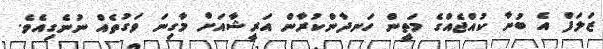
ޒަލަފް އެ ބުނާ ކުއްޖެއްގެ މަތީން ހަނދާންކުރާން އަރީޝާއަށް މާގިނަ ވަގުތެއް ނުނެގިއެވެ.